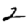
Digit: 2